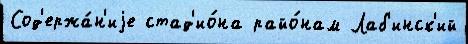
Сод'ержа́н'иjе стад'ио́на райо́нам Лаб'инск'ий